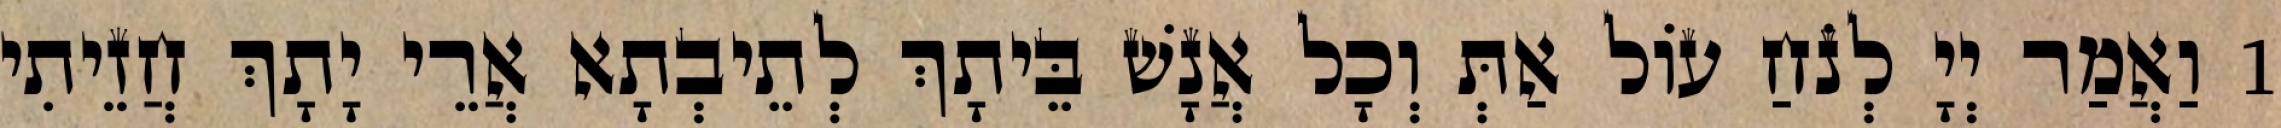
1 וַאֲמַר יְיָ לְנֹחַ עוֹל אַתְּ וְכָל אֲנָשׁ בֵּיתָךְ לְתֵיבְתָא אֲרֵי יָתָךְ חֲזֵיתִי